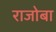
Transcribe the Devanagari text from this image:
राजोबा